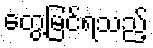
တွေ့မြင်ရသည့်